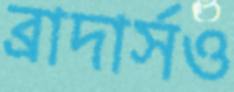
ব্রাদার্সও